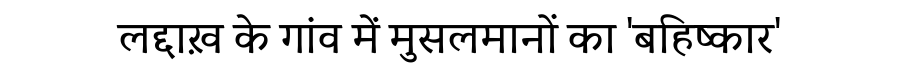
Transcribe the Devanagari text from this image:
लद्दाख़ के गांव में मुसलमानों का 'बहिष्कार'